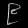
Digit: ၉